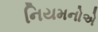
નિયમનોએ